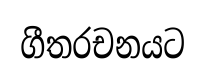
ගීතරචනයට